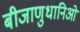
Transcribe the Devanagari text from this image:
बीजाणुधानिओं